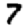
Digit: 7